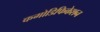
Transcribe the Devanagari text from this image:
कमोडिफिकेशन